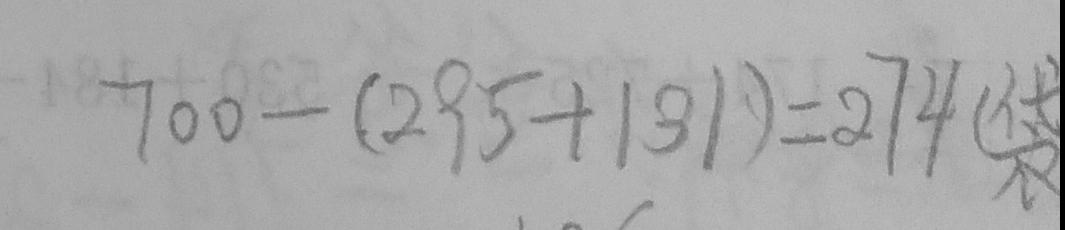
7 0 0 - ( 2 9 5 + 1 3 1 ) = 2 7 4 ( 袋